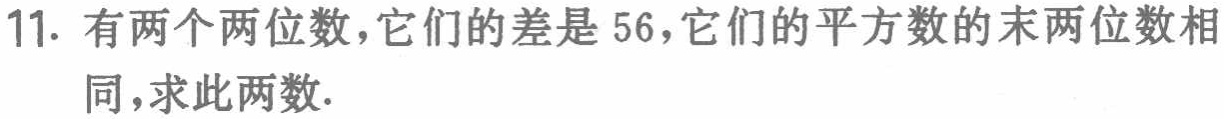
11. 有两个两位数，它们的差是 56，它们的平方数的末两位数相同，求此两数.